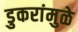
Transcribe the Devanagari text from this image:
डुकरांमुळे